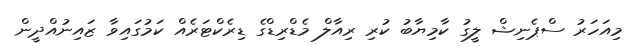
މިއަހަރު ސްޕެނިޝް ލީގު ކާމިޔާބު ކުރި ރިއާލް މެޑްރިޑްގެ ޑިރެކްޓަރެއް ކަމުގައިވާ ޒައިނުއްދީން